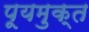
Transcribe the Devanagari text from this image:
पूयमुक्त